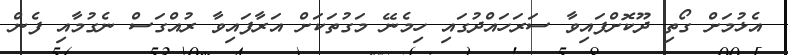
އެޅުމަށް ގޯތި ދޫކޮށްފައިވާ ސަރަހައްދުގައި ހިމެނޭ މަގުތަކަށް އަރާފައިވާ ރުއްގަސް ނެގުމާއި ފެން